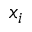
x _ { i }